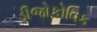
ડીજોકોવિક